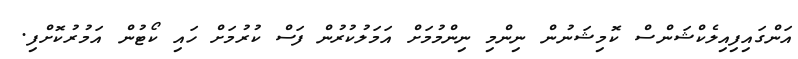
އަންގައިފިއިލެކްޝަންސް ކޮމިޝަނުން ނިންމި ނިންމުމަށް އަމަލުކުރުން ފަސް ކުރުމަށް ހައި ކޯޓުން އަމުރުކޮށްފި.